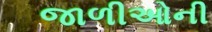
જાળીઓની